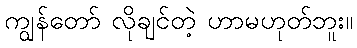
ကျွန်တော် လိုချင်တဲ့ ဟာမဟုတ်ဘူး။